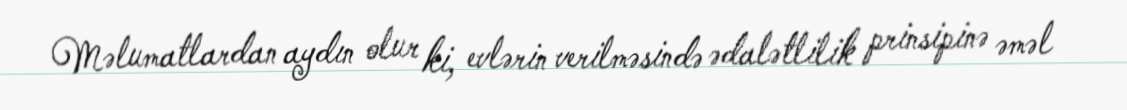
Məlumatlardan aydın olur ki, evlərin verilməsində ədalətlilik prinsipinə əməl